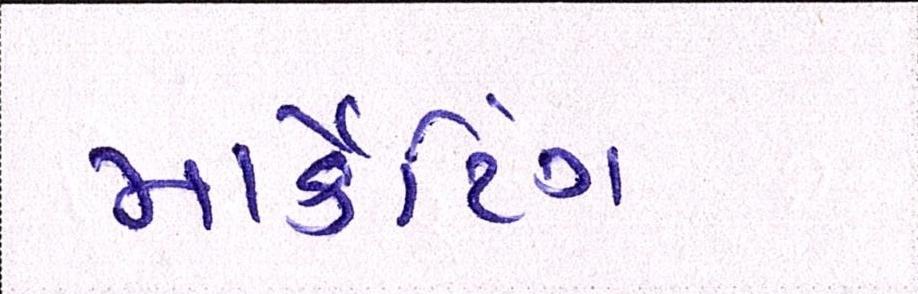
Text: માર્કેટિંગ